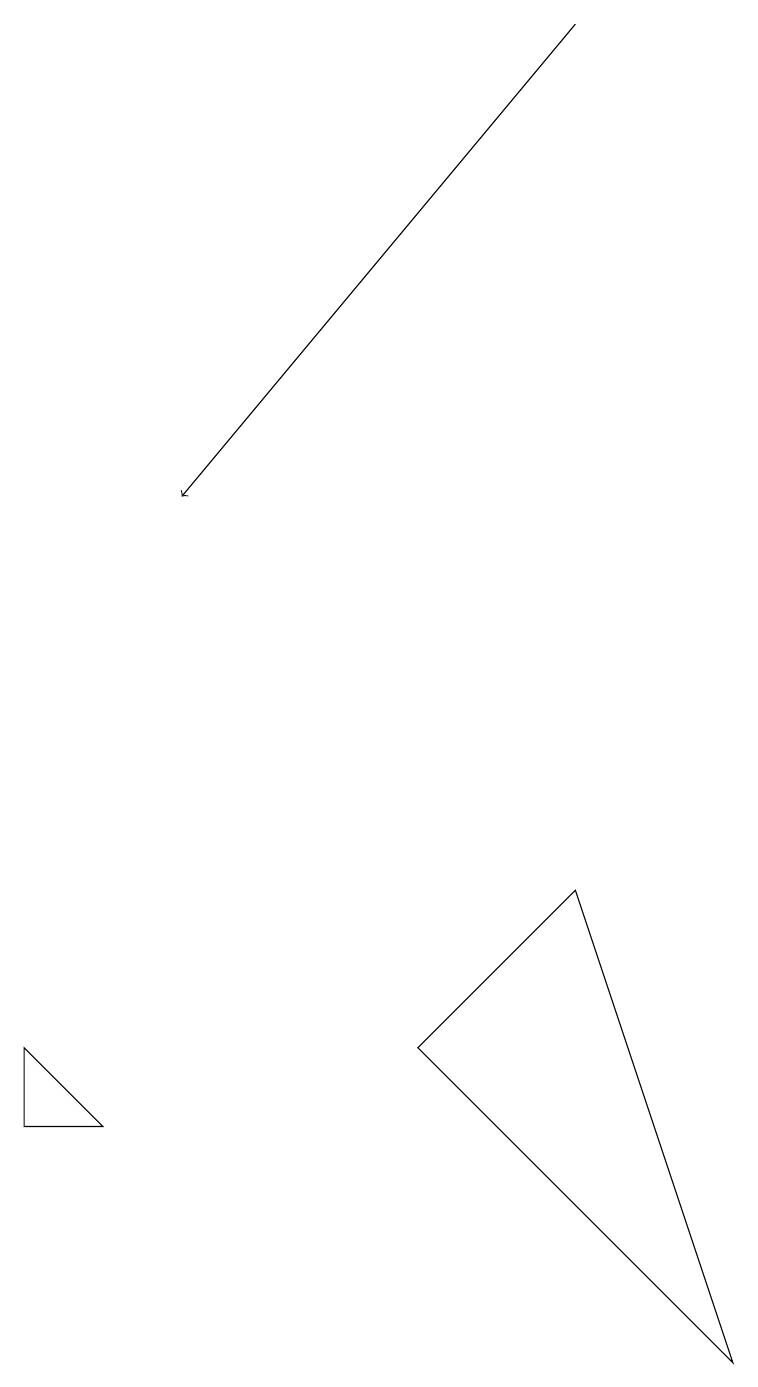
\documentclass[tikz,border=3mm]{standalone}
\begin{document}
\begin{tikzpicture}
\draw (7,8) -- (5,6) -- (9,2) -- cycle;
\draw (0,6) -- (1,5) -- (0,5) -- cycle;
\draw[->] (7,19) -- (2,13);
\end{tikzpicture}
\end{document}